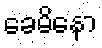
ခေမိနော